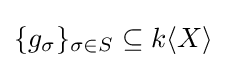
\{g_{\sigma }\}_{\sigma \in S}\subseteq k\langle X\rangle